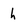
Character: h